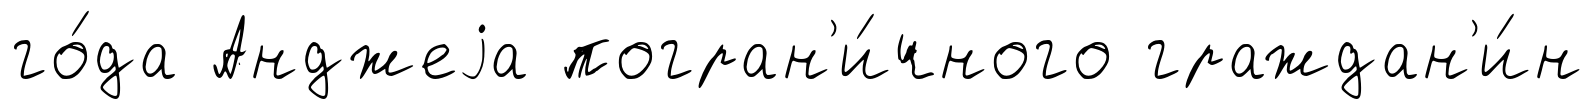
го́да Анджеjа погран'и́чного граждан'и́н